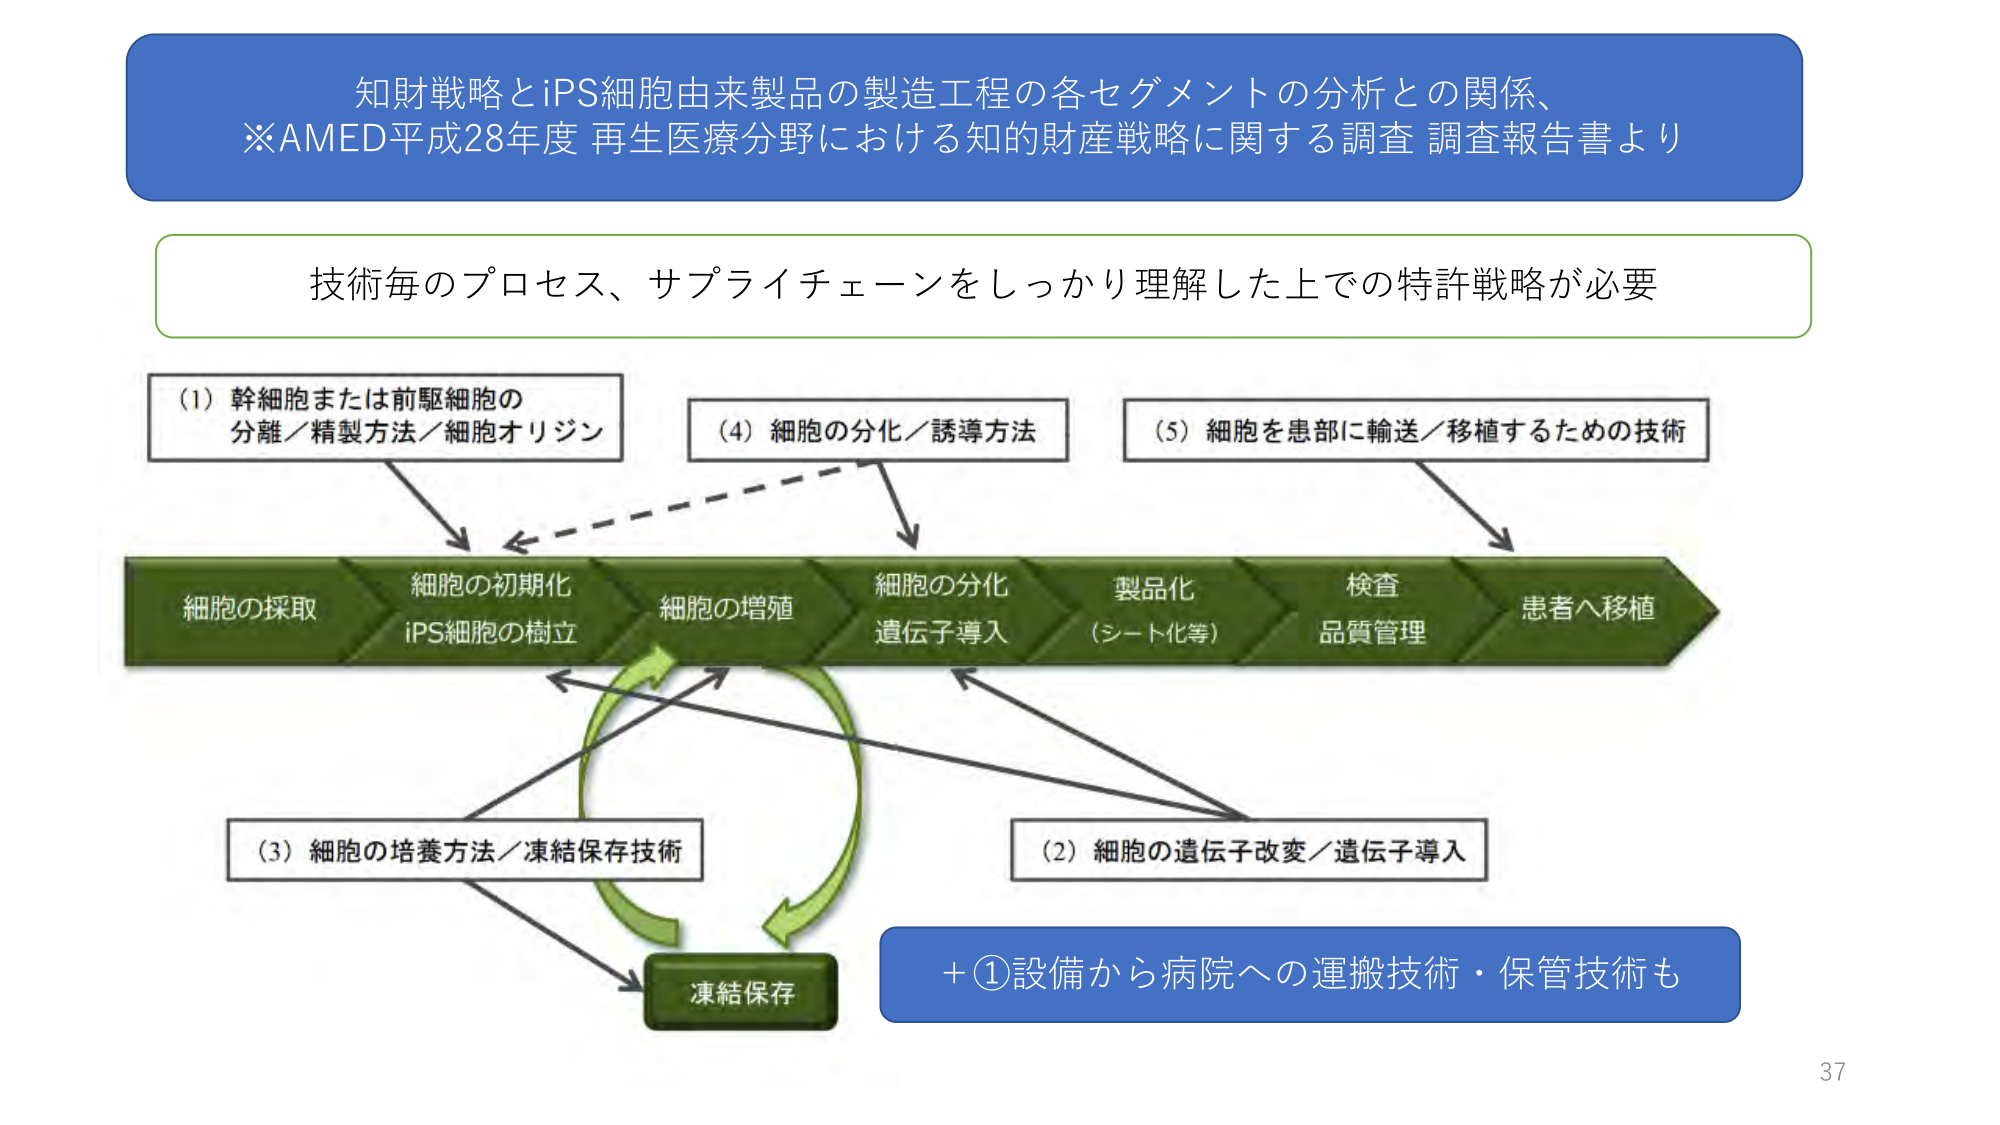
知財戦略とiPS細胞由来製品の製造工程の各セグメントの分析との関係、
※AMED平成28年度 再生医療分野における知的財産戦略に関する調査 調査報告書より

技術毎のプロセス、サプライチェーンをしっかり理解した上での特許戦略が必要

(1) 幹細胞または前駆細胞の
分離／精製方法／細胞オリジン

(4) 細胞の分化／誘導方法

(5) 細胞を患部に輸送／移植するための技術

細胞の採取
細胞の初期化
iPS細胞の樹立
細胞の増殖
細胞の分化
遺伝子導入
製品化
(シート化等)
検査
品質管理
患者へ移植

(3) 細胞の培養方法／凍結保存技術

(2) 細胞の遺伝子改変／遺伝子導入

凍結保存

+①設備から病院への運搬技術・保管技術も

37